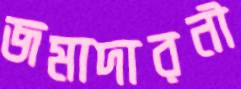
জমাদারনী